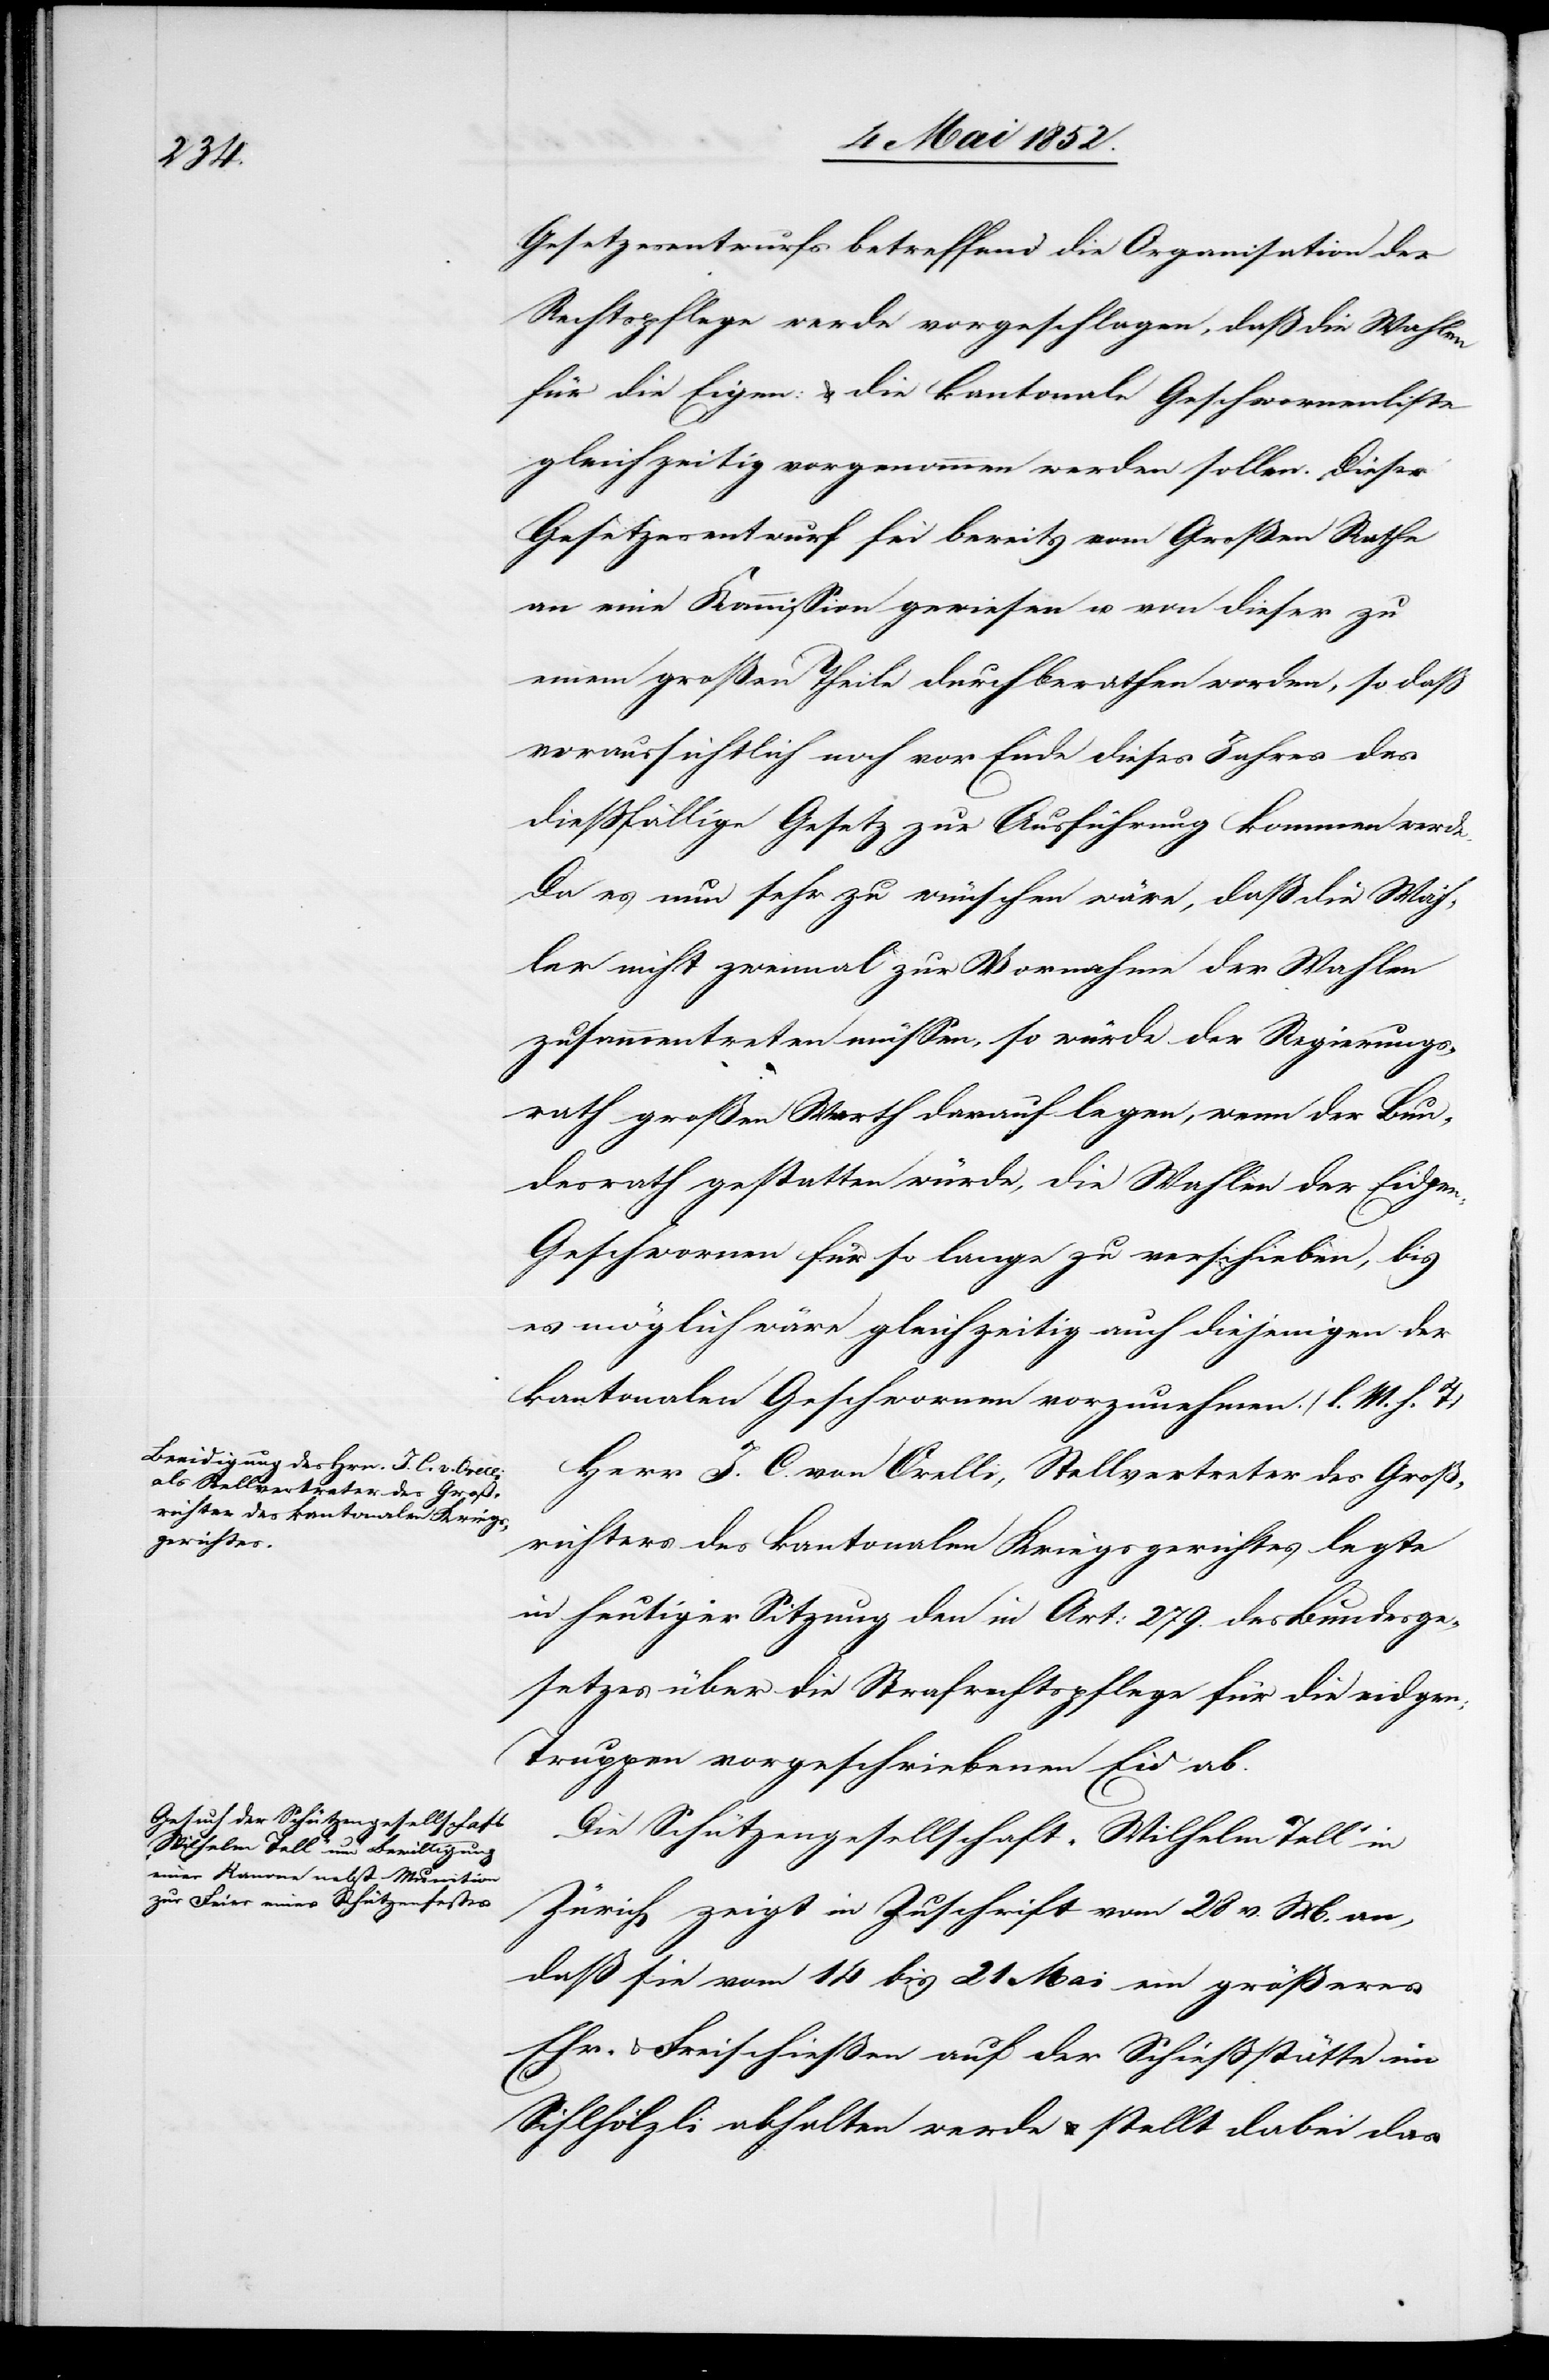
Gesetzesentwurfs betreffend die Organisation der
Rechtspflege werde vorgeschlagen, daß die Wahlen
für die Ei[d]gen: & die kantonale Geschwornenliste
gleichzeitig vorgenommen werden sollen. Dieser
Gesetzesentwurf sei bereits vom Großen Rathe
an eine Kommission gewiesen u. von dieser zu
einem großen Theile durchberathen worden, so daß
voraussichtlich noch vor Ende dieses Jahres das
diessfällige Gesetz zur Ausführung kommen werde.
Da es nun sehr zu wünschen wäre, dass die Wäh¬
ler nicht zweimal zur Vornahme der Wahlen
zusammentreten müssen, so würde der Regierungs¬
rath großen Werth darauf legen, wenn der Bun¬
desrath gestatten würde, die Wahlen der Eidgen.
Geschwornen für so lange zu verschieben, bis
es möglich wäre gleichzeitig auch diejenigen der
kantonalen Geschwornen vorzunehmen. (l. M. h. T)
Herr J. C. von Orelli, Stellvertreter des Groß¬
richters des kantonalen Kriegsgerichtes legte
in heutiger Sitzung den in Art: 279. des Bundesge¬
setzes über die Strafrechtspflege für die eidgen:
Truppen vorgeschriebenen Eid ab.
Die Schützengesellschaft „Wilhelm Tell“ in
Zürich zeigt in Zuschrift vom 28 v. M. an,
daß sie vom 14 bis 21 Mai ein größeres
Ehr- & Freischießen auf der Schiessstätte im
Sihlhölzli abhalten werde & stellt dabei das